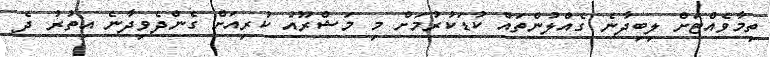
ތިމާވެއްޓަށް ލިބިދާނެ ގެއްލުންތައް ކުޑަކުރުމަށް މި މަޝްރޫއު ކުރިއަށް ގެންދެވިދާނެ އިތުރު ދެ